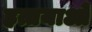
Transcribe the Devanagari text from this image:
हत्तयाओं